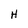
Character: H